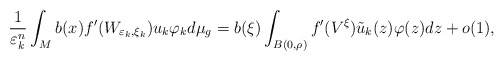
\begin{align*}\frac{1}{\varepsilon_{k}^{n}}\int_{M}b(x)f^{\prime}(W_{\varepsilon_{k},\xi_{k}})u_{k}\varphi_{k}d\mu_{g}=b(\xi)\int_{B(0,\rho)}f^{\prime}(V^{\xi})\tilde{u}_{k}(z)\varphi(z)dz+o(1),\end{align*}